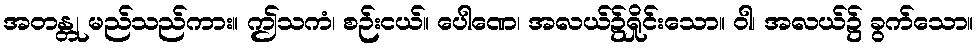
အတန္တု မည်သည်ကား။ ဤသကံ၊ စဉ်းငယ်။ ပေါဏေ၊ အလယ်၌ရှိုင်းသော။ ဝါ၊ အလယ်၌ ခွက်သော။